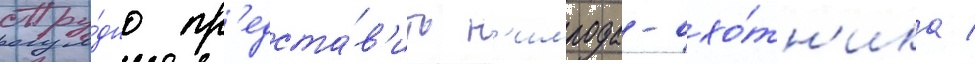
Тру́дно пр'едста́в'ить н'имрода-охо́тн'ика /